Report on the working of the mental hospitals for Indians in Bihar and Orissa - 1925-1929
Year: 1925
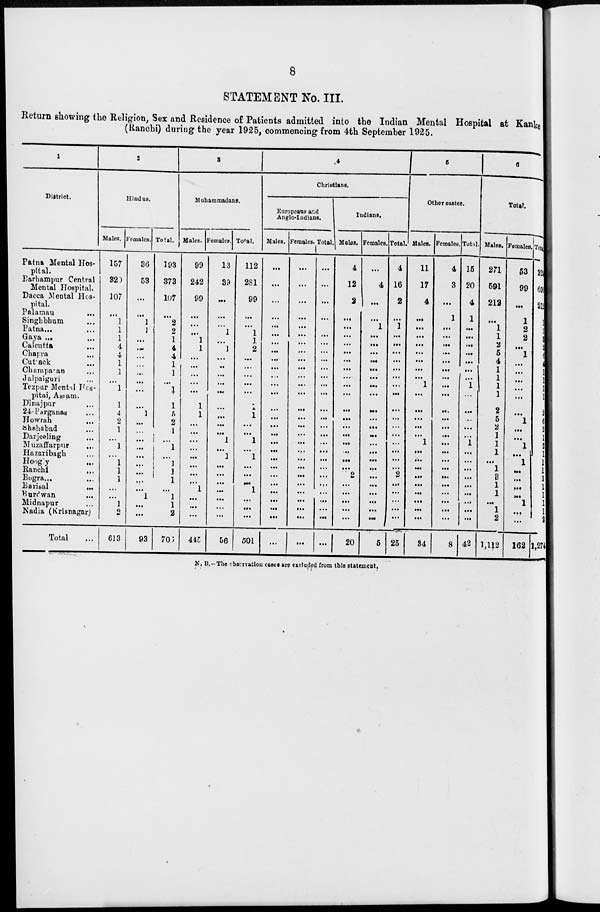
8
STATEMENT No. III.
Return showing the Religion, Sex and Residence of Patients admitted into the Indian Mental Hospital at Kanke
(Ranchi) during the year 1925, commencing from 4th September 1925.
1
District.
Patna Mental Hos-
pital.
Barhampur Central
Mental Hospital.
Dacca Mental Hos-
pital.
Palamau ...
Singhbhum
...
Patna ...
Gaya ...
Calcutta ...
Chapra ...
Cuttack
...
Champaran ...
Jalpaiguri ...
Tezpur Mental Hos-
pital, Assam.
Dinajpur ...
24-Parganas ...
Howrah ...
Shahabad ...
Darjeeling
...
Muzaffarpur ...
Hazaribagh ...
Hoogly ...
Ranchi
...
Bogra...
Barisal
...
Burdwan ...
Midnapur ...
Nadia (Krisnagar)
Total ...
2
Hindus.
Males.
157
320
107
...
1
1
1
4
4
1
1
...
1
1
4
2
1
...
1
...
1
1
1
...
...
1
2
613
Females.
36
53
...
...
1
1
...
...
...
...
...
...
...
...
1
...
...
...
...
...
...
...
...
...
1
...
...
93
Tolal.
193
373
107
...
2
2
1
4
4
1
1
...
1
1
5
2
1
...
1
...
1
1
1
...
1
1
2
706
3
Muhammadans.
Males.
99
242
99
...
...
...
1
1
...
...
...
...
...
1
1
...
...
...
...
...
...
...
...
1
...
...
...
445
Females.
13
39
...
...
1
...
1
...
...
...
...
...
...
...
...
...
1
...
1
...
...
...
...
...
...
...
56
Total.
112
281
99
...
...
1
1
2
...
.. .
...
...
...
1
1
. . .
...
1
...
1
...
...
...
1
...
...
...
501
4
Christians.
Europeans and
Anglo-Indians.
Males.
...
...
...
...
...
...
...
...
...
...
. . .
...
...
...
...
. ..
...
. ..
...
...
...
...
...
...
...
...
. ..
...
Females.
...
...
...
...
...
...
...
...
...
...
. . .
...
...
...
.. .
...
...
...
...
...
...
...
...
. . .
...
...
...
...
Total.
...
...
...
...
...
...
...
...
...
...
...
...
...
...
...
...
...
. ..
...
...
...
...
...
...
. . .
...
...
Indians.
Mates.
4
12
2
...
...
...
...
...
...
...
...
...
...
...
...
...
...
...
..
...
...
2
...
...
...
...
...
20
Females.
...
4
...
...
1
...
...
...
...
...
...
...
...
...
...
...
...
...
...
...
...
...
...
...
...
...
...
5
Total.
4
16
2
...
1
...
...
...
...
...
...
...
...
...
...
...
...
...
...
...
...
2
...
...
...
...
...
25
5
Other castes.
Males.
11
17
4
...
...
...
...
...
...
...
...
1
...
...
...
...
...
1
...
...
...
...
...
...
...
...
...
34
Females.
4
3
...
1
...
...
...
...
...
...
...
...
...
...
...
...
...
...
...
...
...
...
...
...
...
...
...
8
Total.
16
20
4
1
...
...
...
...
...
...
...
1
...
....
...
...
1
...
...
...
...
...
...
. ..
...
...
42
6
Total.
Males.
271
591
212
...
1
1
2
5
4
1
1
1
1
2
5
2
1
1
1
...
1
3
1
1
...
1
2
1,112
Females.
53
99
...
1
2
2
...
1
...
...
...
...
...
...
1
...
...
1
...
1
...
...
...
...
1
...
. . .
162
Total.
324
690
212
1 3
3
2
6
4
1
1
1
1
2
6
2
1
2
1
1
1
3
1
1
1
1
2
1,274
N. B.––The observation cases are excluded from this statement.